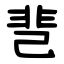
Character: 䨽